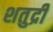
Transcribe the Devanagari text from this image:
शतुद्री